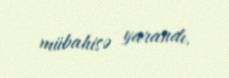
mübahisə yarandı.